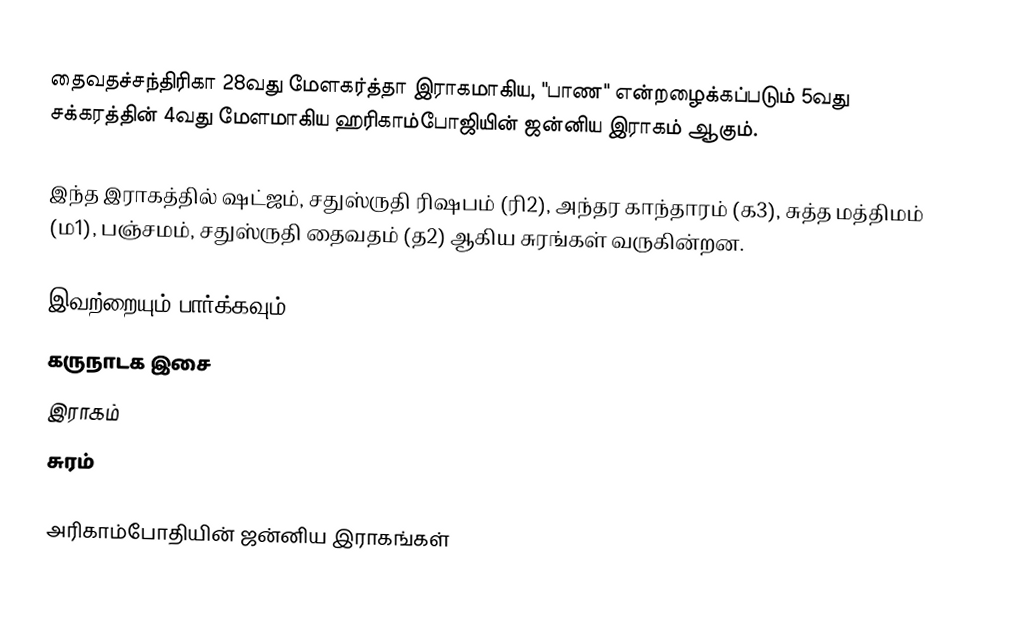
தைவதச்சந்திரிகா 28வது மேளகர்த்தா இராகமாகிய, "பாண" என்றழைக்கப்படும் 5வது சக்கரத்தின் 4வது மேளமாகிய ஹரிகாம்போஜியின் ஜன்னிய இராகம் ஆகும்.

இந்த இராகத்தில் ஷட்ஜம், சதுஸ்ருதி ரிஷபம் (ரி2),  அந்தர காந்தாரம் (க3), சுத்த மத்திமம் (ம1), பஞ்சமம், சதுஸ்ருதி தைவதம் (த2) ஆகிய சுரங்கள் வருகின்றன.

இவற்றையும் பார்க்கவும்
 கருநாடக இசை
 இராகம்
 சுரம்

அரிகாம்போதியின் ஜன்னிய இராகங்கள்